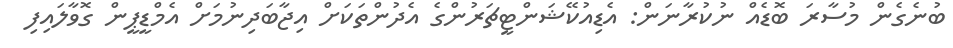
ބުނެގެން މުސާރަ ބޮޑެއް ނުކުރާނަން: އެޑިއުކޭޝަންޓީޗަރުންގެ އެދުންތަކަށް އިޖާބަދިނުމަށް އެމްޑީޕީން ގޮވާލައިފި